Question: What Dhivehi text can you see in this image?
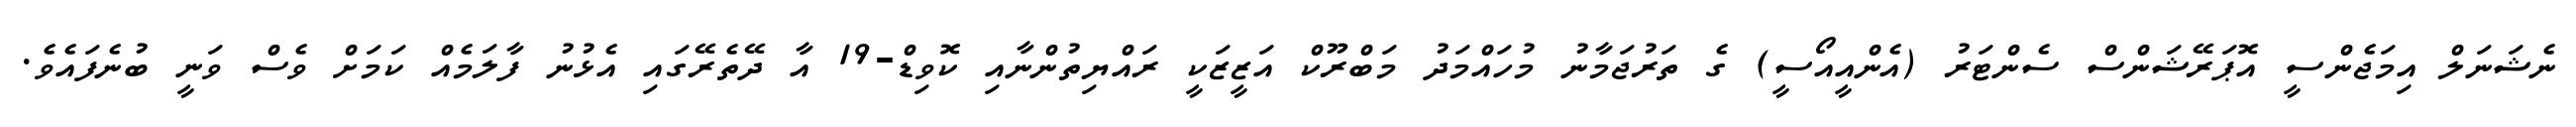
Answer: ނެޝަނަލް އިމަޖެންސީ އޮޕަރޭޝަންސް ސެންޓަރު (އެންއީއޯސީ) ގެ ތަރުޖަމާނު މުހައްމަދު މަބްރޫކް އަޒީޒަކީ ރައްޔިތުންނާއި ކޮވިޑް-19 އާ ދޭތެރޭގައި އެޅުނު ފާލަމެއް ކަމަށް ވެސް ވަނީ ބުނެފައެވެ.